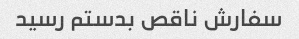
سفارش ناقص بدستم رسید